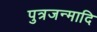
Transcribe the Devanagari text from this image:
पुत्रजन्मादि